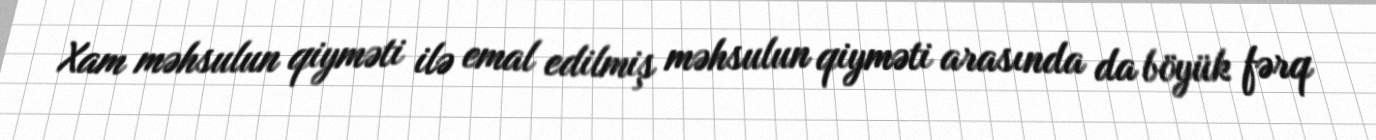
Xam məhsulun qiyməti ilə emal edilmiş məhsulun qiyməti arasında da böyük fərq